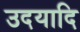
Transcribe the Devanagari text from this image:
उदयादि